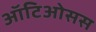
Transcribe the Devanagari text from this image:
ऑटिओसस